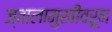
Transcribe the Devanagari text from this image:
ज्वालामुखीवरून